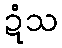
ဍံသ